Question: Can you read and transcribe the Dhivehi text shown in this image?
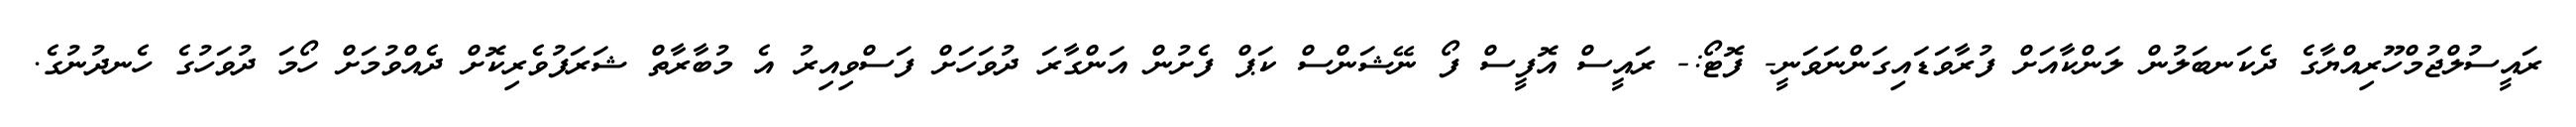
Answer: ރައީސުލްޖުމްހޫރިއްޔާގެ ދެކަނބަލުން ލަންކާއަށް ފުރާވަޑައިގަންނަވަނީ- ފޮޓޯ:- ރައީސް އޮފީސް ފޯ ނޭޝަންސް ކަޕް ފެށުން އަންގާރަ ދުވަހަށް ފަސްވިއިރު އެ މުބާރާތް ޝަރަފުވެރިކޮށް ދެއްވުމަށް ހޯމަ ދުވަހުގެ ހެނދުނުގެ.